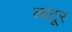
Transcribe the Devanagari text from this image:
लाटूर